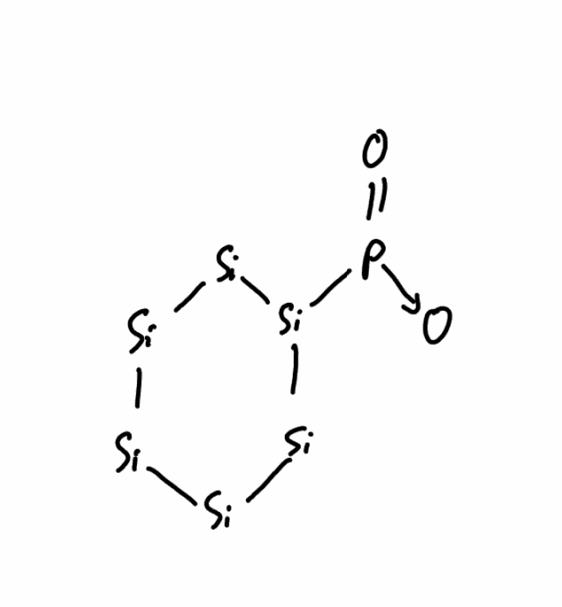
Simplified molecular-input line-entry system (SMILES) notation of the given molecule:
[O-][P+](=O)[Si]1[Si][Si][Si][Si][Si]1